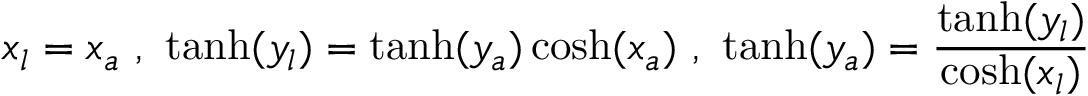
x _ { l } = x _ { a } \ , \ \operatorname { t a n h } ( y _ { l } ) = \operatorname { t a n h } ( y _ { a } ) \cosh ( x _ { a } ) \ , \ \operatorname { t a n h } ( y _ { a } ) = { \frac { \operatorname { t a n h } ( y _ { l } ) } { \cosh ( x _ { l } ) } }